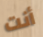
أنت